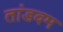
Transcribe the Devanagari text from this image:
तांडवम